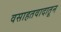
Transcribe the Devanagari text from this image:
वसाहतवादातून